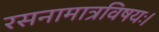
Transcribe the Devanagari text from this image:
रसनामात्रविषयः।